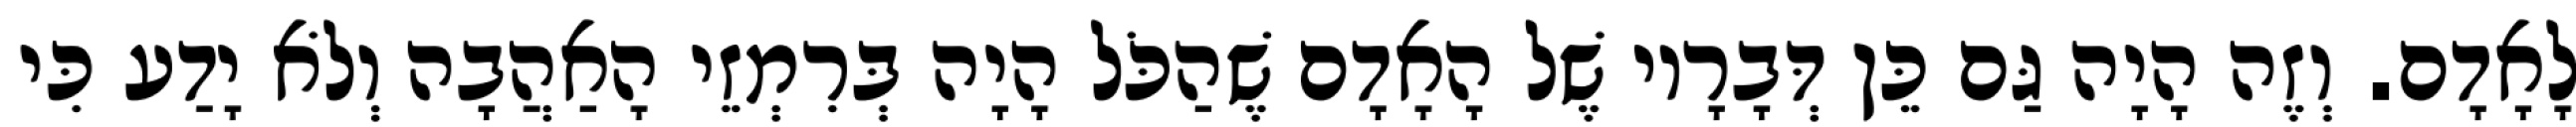
לָאָדָם. וְזֶה הָיָה גַּם כֵּן דְּבָרָיו שֶׁל הָאָדָם שֶׁהַכֹּל הָיָה בְּרִמְזֵי הָאַהֲבָה וְלֹא יָדַע כִּי